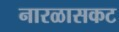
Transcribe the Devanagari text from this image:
नारळासकट